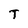
Character: T